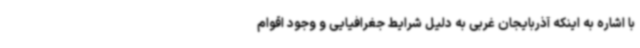
با اشاره به اینکه آذربایجان غربی به دلیل شرایط جغرافیایی و وجود اقوام